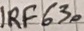
Text: IRF630